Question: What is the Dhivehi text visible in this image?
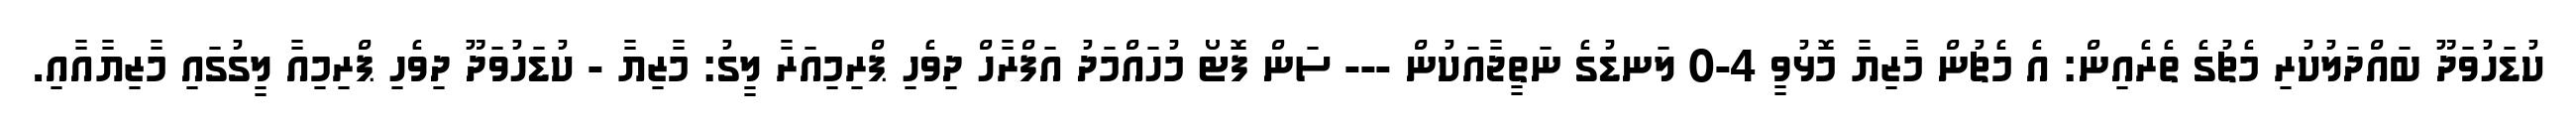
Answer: ކުޑަހުވަދޫ ބައްދަލުކުރި މެޗުގެ ތެރެއިން: އެ މެޗުން މާޒިޔާ މޮޅުވީ 4-0 ލަނޑުގެ ނަތީޖާއަކުން --- ސަން ފޮޓޯ މުހައްމަދު އަފްރާހް ދިވެހި ޕްރިމިއަރާ ލީގު: މާޒިޔާ - ކުޑަހުވަދޫ ދިވެހި ޕްރިމިއާ ލީގުގައި މާޒިޔާއާއި.